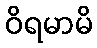
ဝိရမာမိ